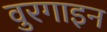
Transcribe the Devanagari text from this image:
वुरगाइन